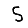
Digit: 5